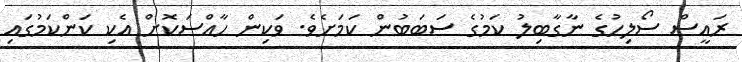
ރައީސް ސޯލިހުގެ ނާގާބިލު ކަމުގެ ސަބަބުން ކަމަށެވެ. ވަކިން ހާއްސަކޮށް އެކި ކަންކަމުގައި